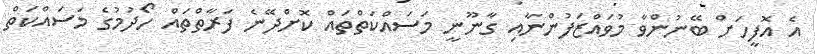
އެ އޮފީހަށް ބޭނުންވާ މުވައްޒަފުންނާއި ގާނޫނީ މަސައްކަތްތައް ކޮށްދޭނެ ފަރާތްތައް ހޯދުމުގެ މަސައްކަތް